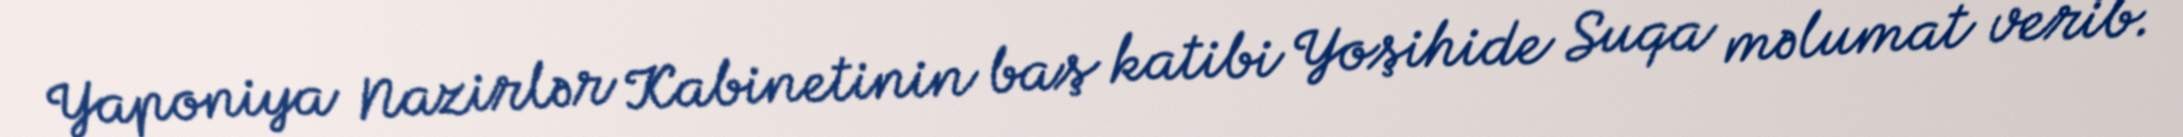
Yaponiya Nazirlər Kabinetinin baş katibi Yoşihide Suqa məlumat verib.